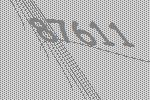
87611